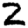
Digit: 2